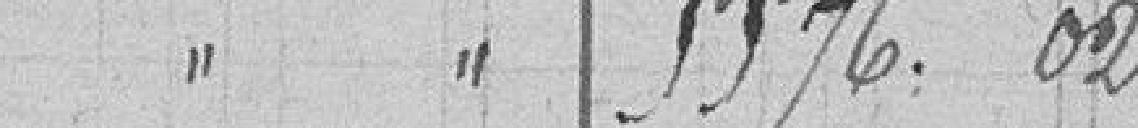
//               //                                      5576.02